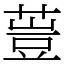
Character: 䔇